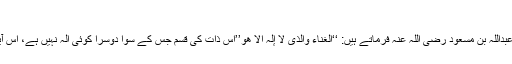
’’ (سورۃ لقمان:۶)
اس آیت مبارکہ میں لھو الحدیث کی تشریح میں سیدنا عبداللہ بن مسعود رضی اللہ عنہ فرماتے ہیں: ‘‘الغناء والذی لا إلہ الا ھو’’اس ذات کی قسم جس کے سوا دوسرا کوئی الہ نہیں ہے، اس آیت (میں لھو الحدیث) سے مراد غناء (گانا بجانا ) ہے۔